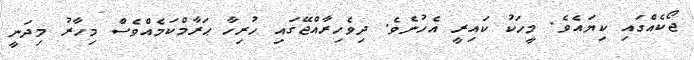
ޖޯކެއްގައި ކިޔައެވެ. މީހަކު ކައިރީ އެހުނެވެ. ދިވެހިރާއްޖޭގައި ހުރިހާ ޙަރާމްކަމެއްވެސް މިހާރު މިދަނީ